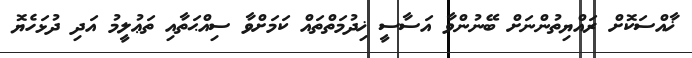
ޚާއްސަކޮށް ރައްޔިތުންނަށް ބޭނުންވާ އަސާސީ ޚިދުމަތްތައް ކަމަށްވާ ސިއްޙަތާއި ތަޢުލީމު އަދި ދުޅަހެޔޮ